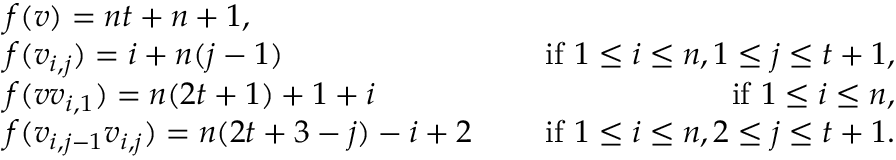
\begin{array} { r l r } & { f ( v ) = n t + n + 1 , } \\ & { f ( v _ { i , j } ) = i + n ( j - 1 ) \quad } & { \mathrm { ~ i f ~ } 1 \le i \le n , 1 \le j \le t + 1 , } \\ & { f ( v v _ { i , 1 } ) = n ( 2 t + 1 ) + 1 + i \quad } & { \mathrm { ~ i f ~ } 1 \le i \le n , } \\ & { f ( v _ { i , j - 1 } v _ { i , j } ) = n ( 2 t + 3 - j ) - i + 2 \quad } & { \mathrm { ~ i f ~ } 1 \le i \le n , 2 \le j \le t + 1 . } \end{array}